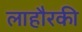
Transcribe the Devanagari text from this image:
लाहौरकी